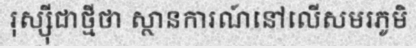
រុស្ស៊ីជាថ្មីថា ស្ថានការណ៍នៅលើសមរភូមិ